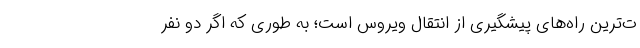
ت‌ترین راه‌های پیشگیری از انتقال ویروس است؛ به طوری که اگر دو نفر